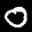
Label: 0